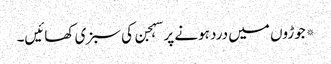
*جوڑوں میں درد ہونے پر سہجن کی سبزی کھائیں۔